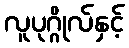
လူပုဂ္ဂိုလ်နှင့်